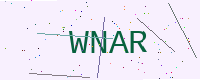
Text: WNAR